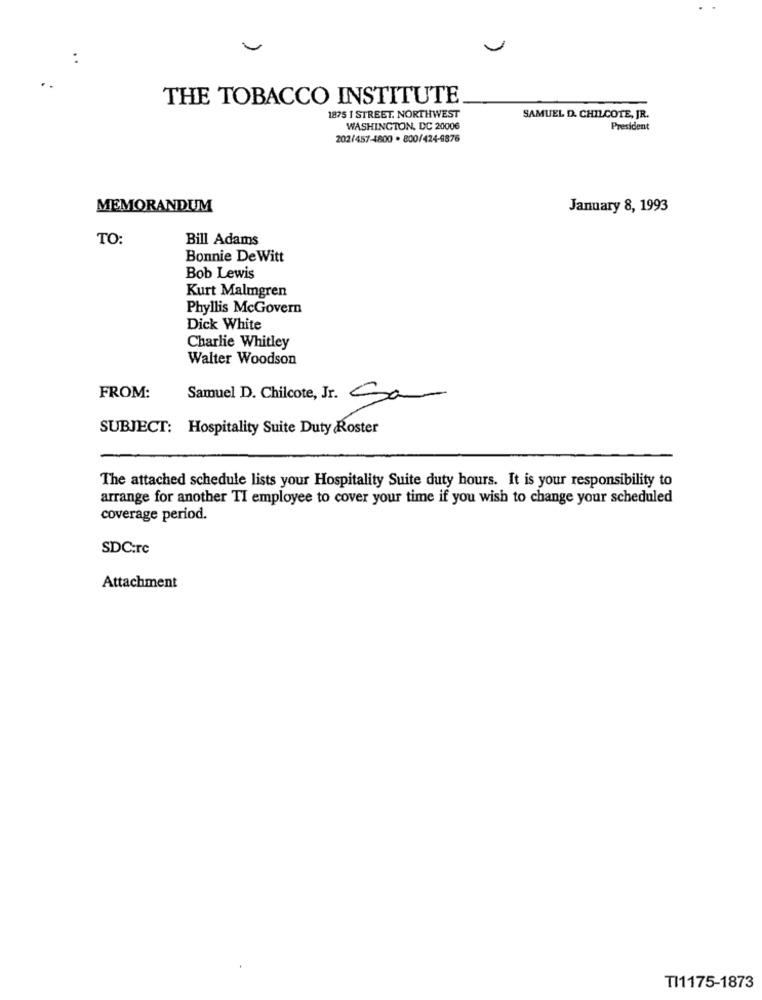
..
THE TOBACCO INSTITUTE
1875 1 STREET. NORTHWEST
SAMUEL D. CHILCOTE, JR.
WASHINGTON, DC 20006
President
202/457-4800 . 800/424-4876
MEMORANDUM
January 8, 1993
TO:
Bill Adams
Bonnie De Witt
Bob Lewis
Kurt Malmgren
Phyllis McGovern
Dick White
Charlie Whitley
Walter Woodson
FROM:
Samuel D. Chilcote, Jr. Sa
SUBJECT: Hospitality Suite Duty Roster
The attached schedule lists your Hospitality Suite duty hours. It is your responsibility to
arrange for another TI employee to cover your time if you wish to change your scheduled
coverage period.
SDC:rc
Attachment
TI1175-1873